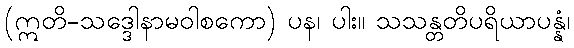
(ဣတိ-သဒ္ဒေါနာမဝါစကော) ပန၊ ပါး။ သသန္တတိပရိယာပန္နံ၊